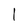
Character: 1